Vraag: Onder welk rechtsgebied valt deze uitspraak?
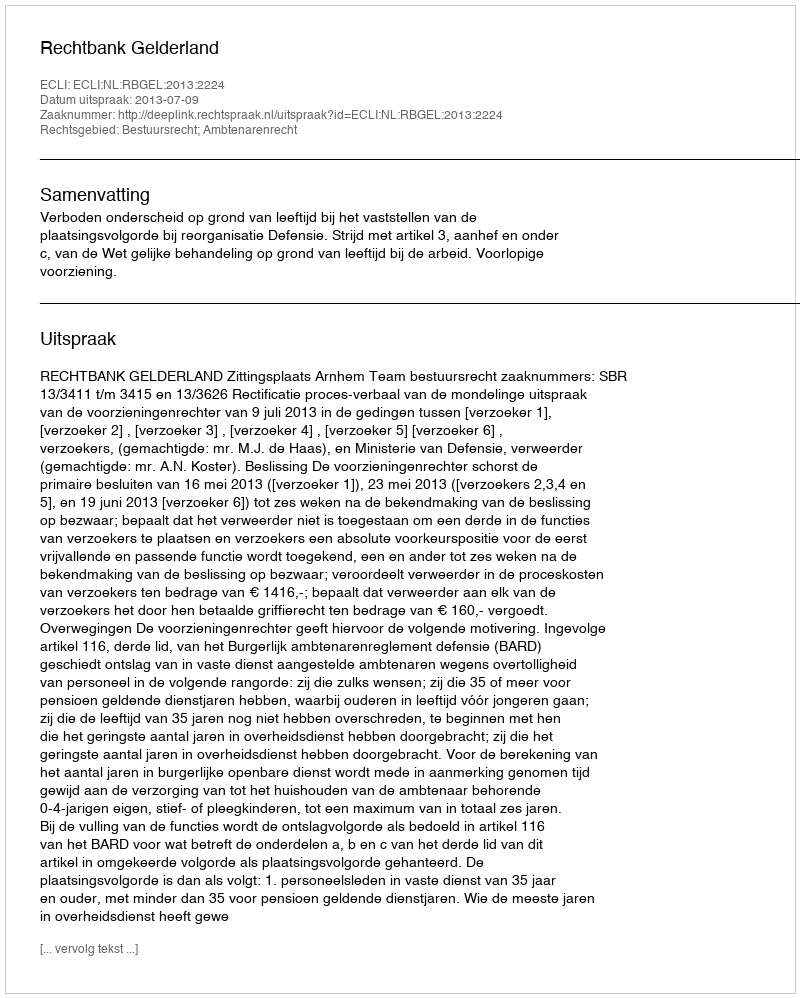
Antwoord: Bestuursrecht; Ambtenarenrecht